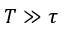
T \gg \tau